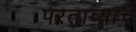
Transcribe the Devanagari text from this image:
परताव्याचे